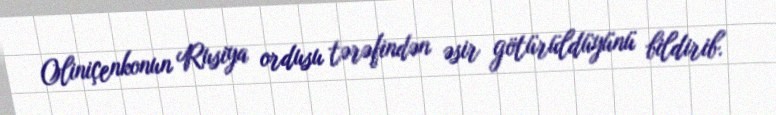
Oliniçenkonun Rusiya ordusu tərəfindən əsir götürüldüyünü bildirib.